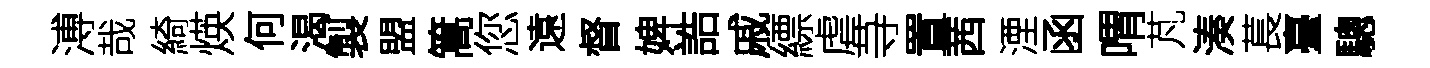
溥哉綺煐何渴製盟篙您遠督婢誥戚縹虐䒭置茜湮函喟芃湊萇臺驄